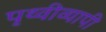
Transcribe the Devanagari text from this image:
पृथ्वीव्यापी